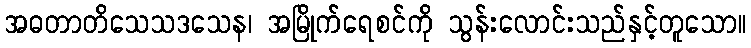
အဓတာတိသေသဒသေန၊ အမြိုက်ရေစင်ကို သွန်းလောင်းသည်နှင့်တူသော။